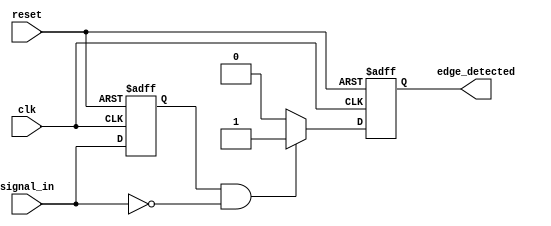
module negative_edge_detector (
    input wire clk,            // Clock signal
    input wire reset,          // Asynchronous reset signal
    input wire signal_in,      // Input signal to detect edges
    output reg edge_detected    // Output signal indicating edge detection
);

    // Memory element to hold the previous state of the signal
    reg previous_state;

    // Sequential logic for edge detection
    always @(posedge clk or posedge reset) begin
        if (reset) begin
            // Initialize on reset
            previous_state <= 1'b0; // Set to known state
            edge_detected <= 1'b0;   // Clear edge detection
        end else begin
            // Edge detection logic
            if (previous_state == 1'b1 && signal_in == 1'b0) begin
                edge_detected <= 1'b1;  // Negative edge detected
            end else begin
                edge_detected <= 1'b0;  // No edge detected
            end
            
            // Update the previous state for the next clock cycle
            previous_state <= signal_in;
        end
    end

endmodule